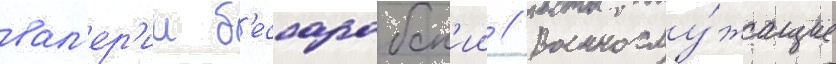
вал'ер'ии б'ессарабск'ии // Военнослу́жащие